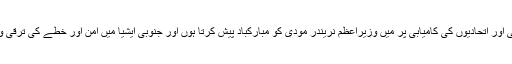
انھوں نے اپنے پیغام میں کہا کہ ’انتخابات میں بھارتیہ جنتا پارٹی اور اتحادیوں کی کامیابی پر میں وزیراعظم نریندر مودی کو مبارکباد پیش کرتا ہوں اور جنوبی ایشیا میں امن اور خطے کی ترقی و خوشحالی کے لیے ان کے ساتھ کام کرنے کے لیے پرامید ہوں۔